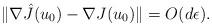
LaTeX: \begin{align*}\| \nabla \hat{J}(u_{0}) - \nabla J(u_{0}) \| = O(d\epsilon).\end{align*}